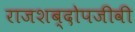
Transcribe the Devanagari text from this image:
राजशब्दोपजीवी